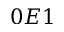
0 E 1